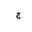
Letter: _gim